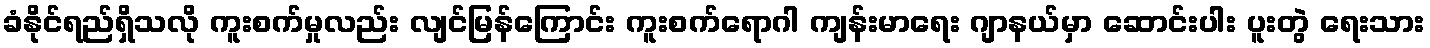
ခံနိုင်ရည်ရှိသလို ကူးစက်မှုလည်း လျင်မြန်ကြောင်း ကူးစက်ရောဂါ ကျန်းမာရေး ဂျာနယ်မှာ ဆောင်းပါး ပူးတွဲ ရေးသား